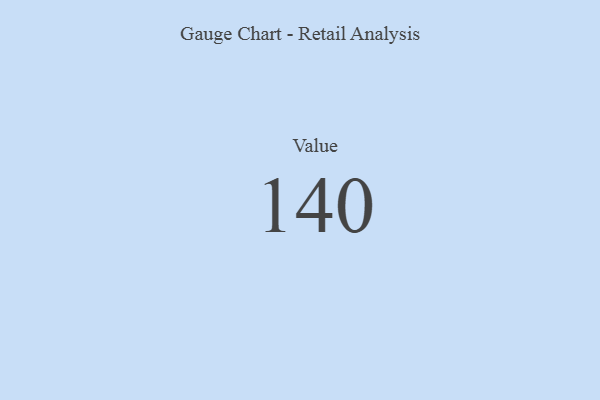
{"axis": {"x": "Metric", "y": "Value"}, "legend": [""], "data": [{"x": "Value", "y": 140, "type": ""}]}